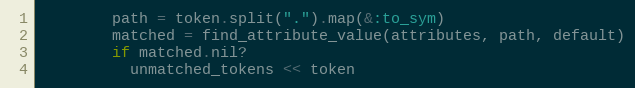
Language: Ruby
        path = token.split(".").map(&:to_sym)
        matched = find_attribute_value(attributes, path, default)
        if matched.nil?
          unmatched_tokens << token